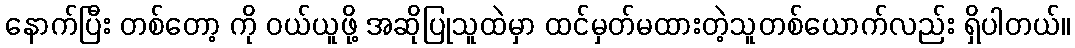
နောက်ပြီး တစ်တော့ ကို ဝယ်ယူဖို့ အဆိုပြုသူထဲမှာ ထင်မှတ်မထားတဲ့သူတစ်ယောက်လည်း ရှိပါတယ်။